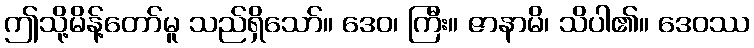
ဤသို့မိန့်တော်မူ သည်ရှိသော်။ ဒေဝ၊ ကြီး။ ဇာနာမိ၊ သိပါ၏။ ဒေဝဿ